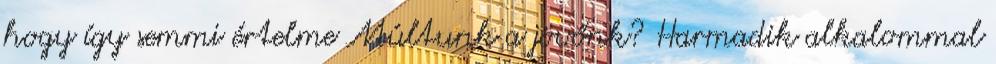
hogy így semmi értelme Múltunk a jövőnk? Harmadik alkalommal